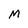
Character: M